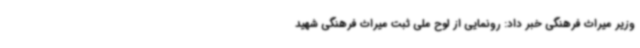
وزیر میراث فرهنگی خبر داد: رونمایی از لوح ملی ثبت میراث فرهنگی شهید